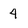
Character: 4